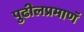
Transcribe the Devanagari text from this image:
पुढीलप्रमाणॅ